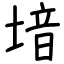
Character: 堷